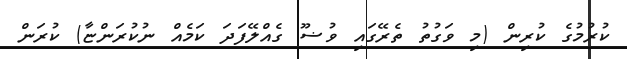
ކުރުމުގެ ކުރިން (މި ވަގުތު ތެރޭގައި ވުޟޫ ގެއްލޭފަދަ ކަމެއް ނުކުރަންޏާ) ކުރަން